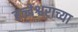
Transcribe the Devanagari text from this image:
रत्नेश्वराच्या